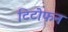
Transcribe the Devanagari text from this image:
टिटोफन